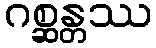
ဂစ္ဆန္တဿ